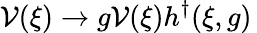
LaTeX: {\cal V}(\xi)\rightarrow g{\cal V}(\xi)h^{\dagger}(\xi,g)\,